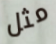
مثل